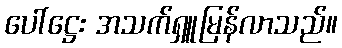
ပေါ်ဋ္ဌေး အသက်ရှူမြန်လာသည်။